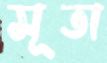
সূতা